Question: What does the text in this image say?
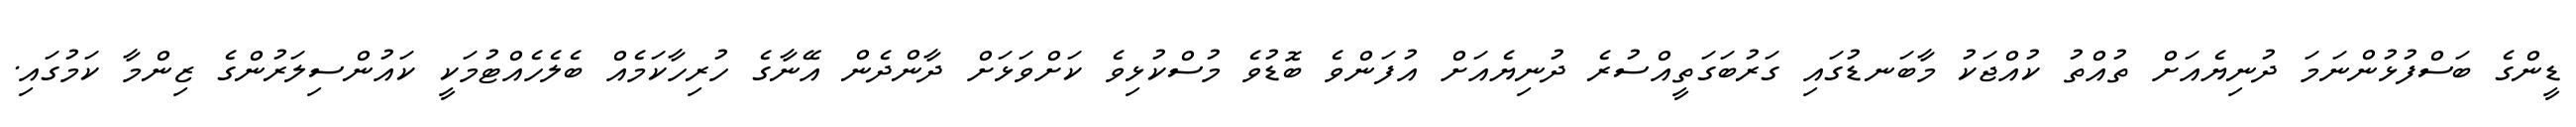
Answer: ޑީންގެ ބަސްފުޅުންނަމަ ދުނިޔެއަށް ތުއްތު ކުއްޖަކު މާބަނޑުގައި ގަރުބަގަތީއްސުރެ ދުނިޔެއަށް އުފަންވެ ބޮޑުވެ މުސްކުޅިވެ ކަށްވަޅަށް ދާންދެން އޭނާގެ ހުރިހާކަމެއް ބެލެހެއްޓުމަކީ ކައުންސިލަރުންގެ ޒިންމާ ކަމުގައި.